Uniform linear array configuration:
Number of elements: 24
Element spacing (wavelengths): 0.25
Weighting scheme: uniform
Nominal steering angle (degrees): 0
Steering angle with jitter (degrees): -1.9
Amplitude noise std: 0.05
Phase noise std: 0.05

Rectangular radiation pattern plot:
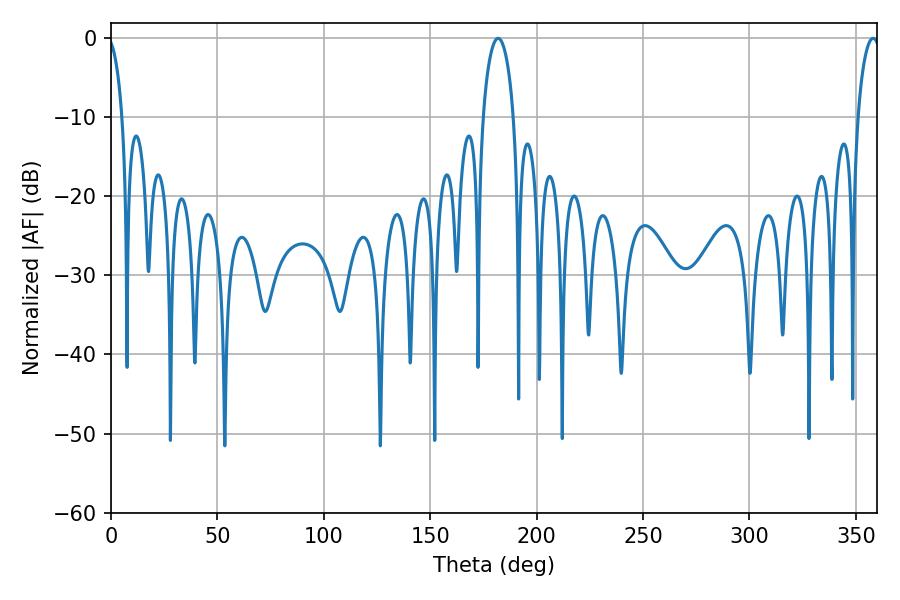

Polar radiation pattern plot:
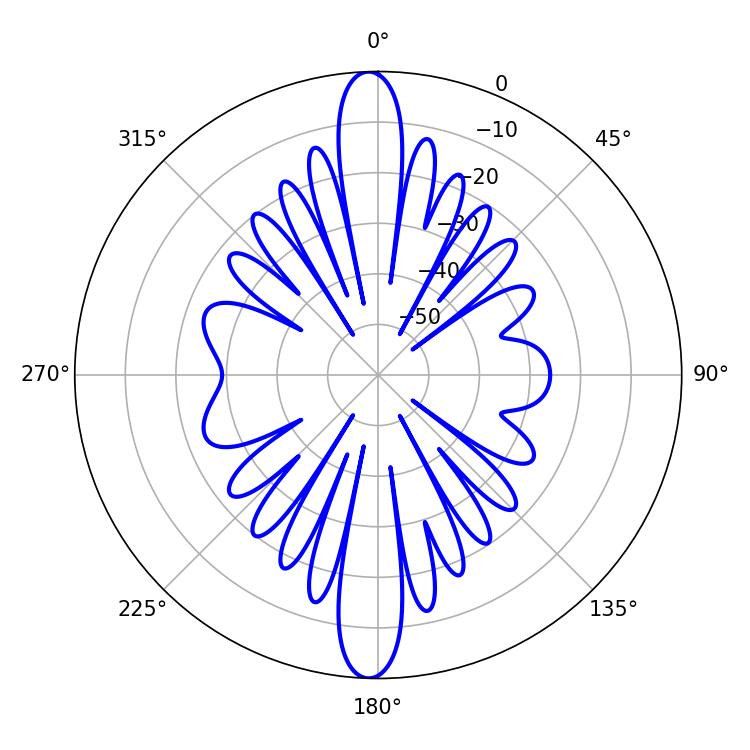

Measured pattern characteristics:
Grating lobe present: FALSE
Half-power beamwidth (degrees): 8.1
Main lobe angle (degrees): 181.98